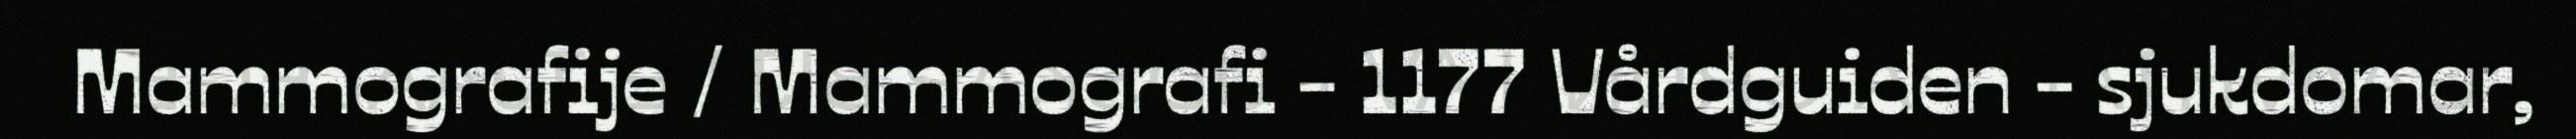
Mammografije / Mammografi - 1177 Vårdguiden - sjukdomar,